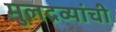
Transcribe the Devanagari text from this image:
मुलद्रव्यांची